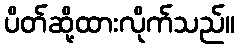
ပိတ်ဆို့ထားလိုက်သည်။